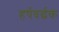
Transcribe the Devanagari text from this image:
हर्षवर्द्धक